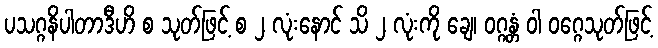
ပသဂ္ဂနိပါတာဒီဟိ စ သုတ်ဖြင့် စ ၂ လုံးနောင် သိ ၂ လုံးကို ချေ၊ ဝဂ္ဂန္တံ ဝါ ဝဂ္ဂေသုတ်ဖြင့်